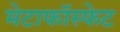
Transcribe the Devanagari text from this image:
मेटाफॉस्फेट